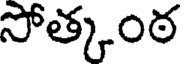
సోత్కంఠ